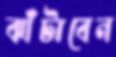
ঝাঁটাবেন